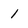
Character: 1